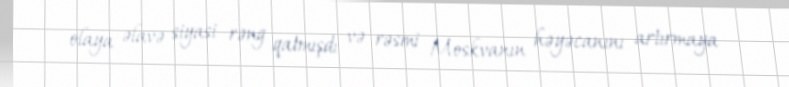
olaya əlavə siyasi rəng qatmışdı və rəsmi Moskvanın həyəcanını artırmaya